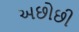
અછોછી